Rae_vallavalitsus, lk 88
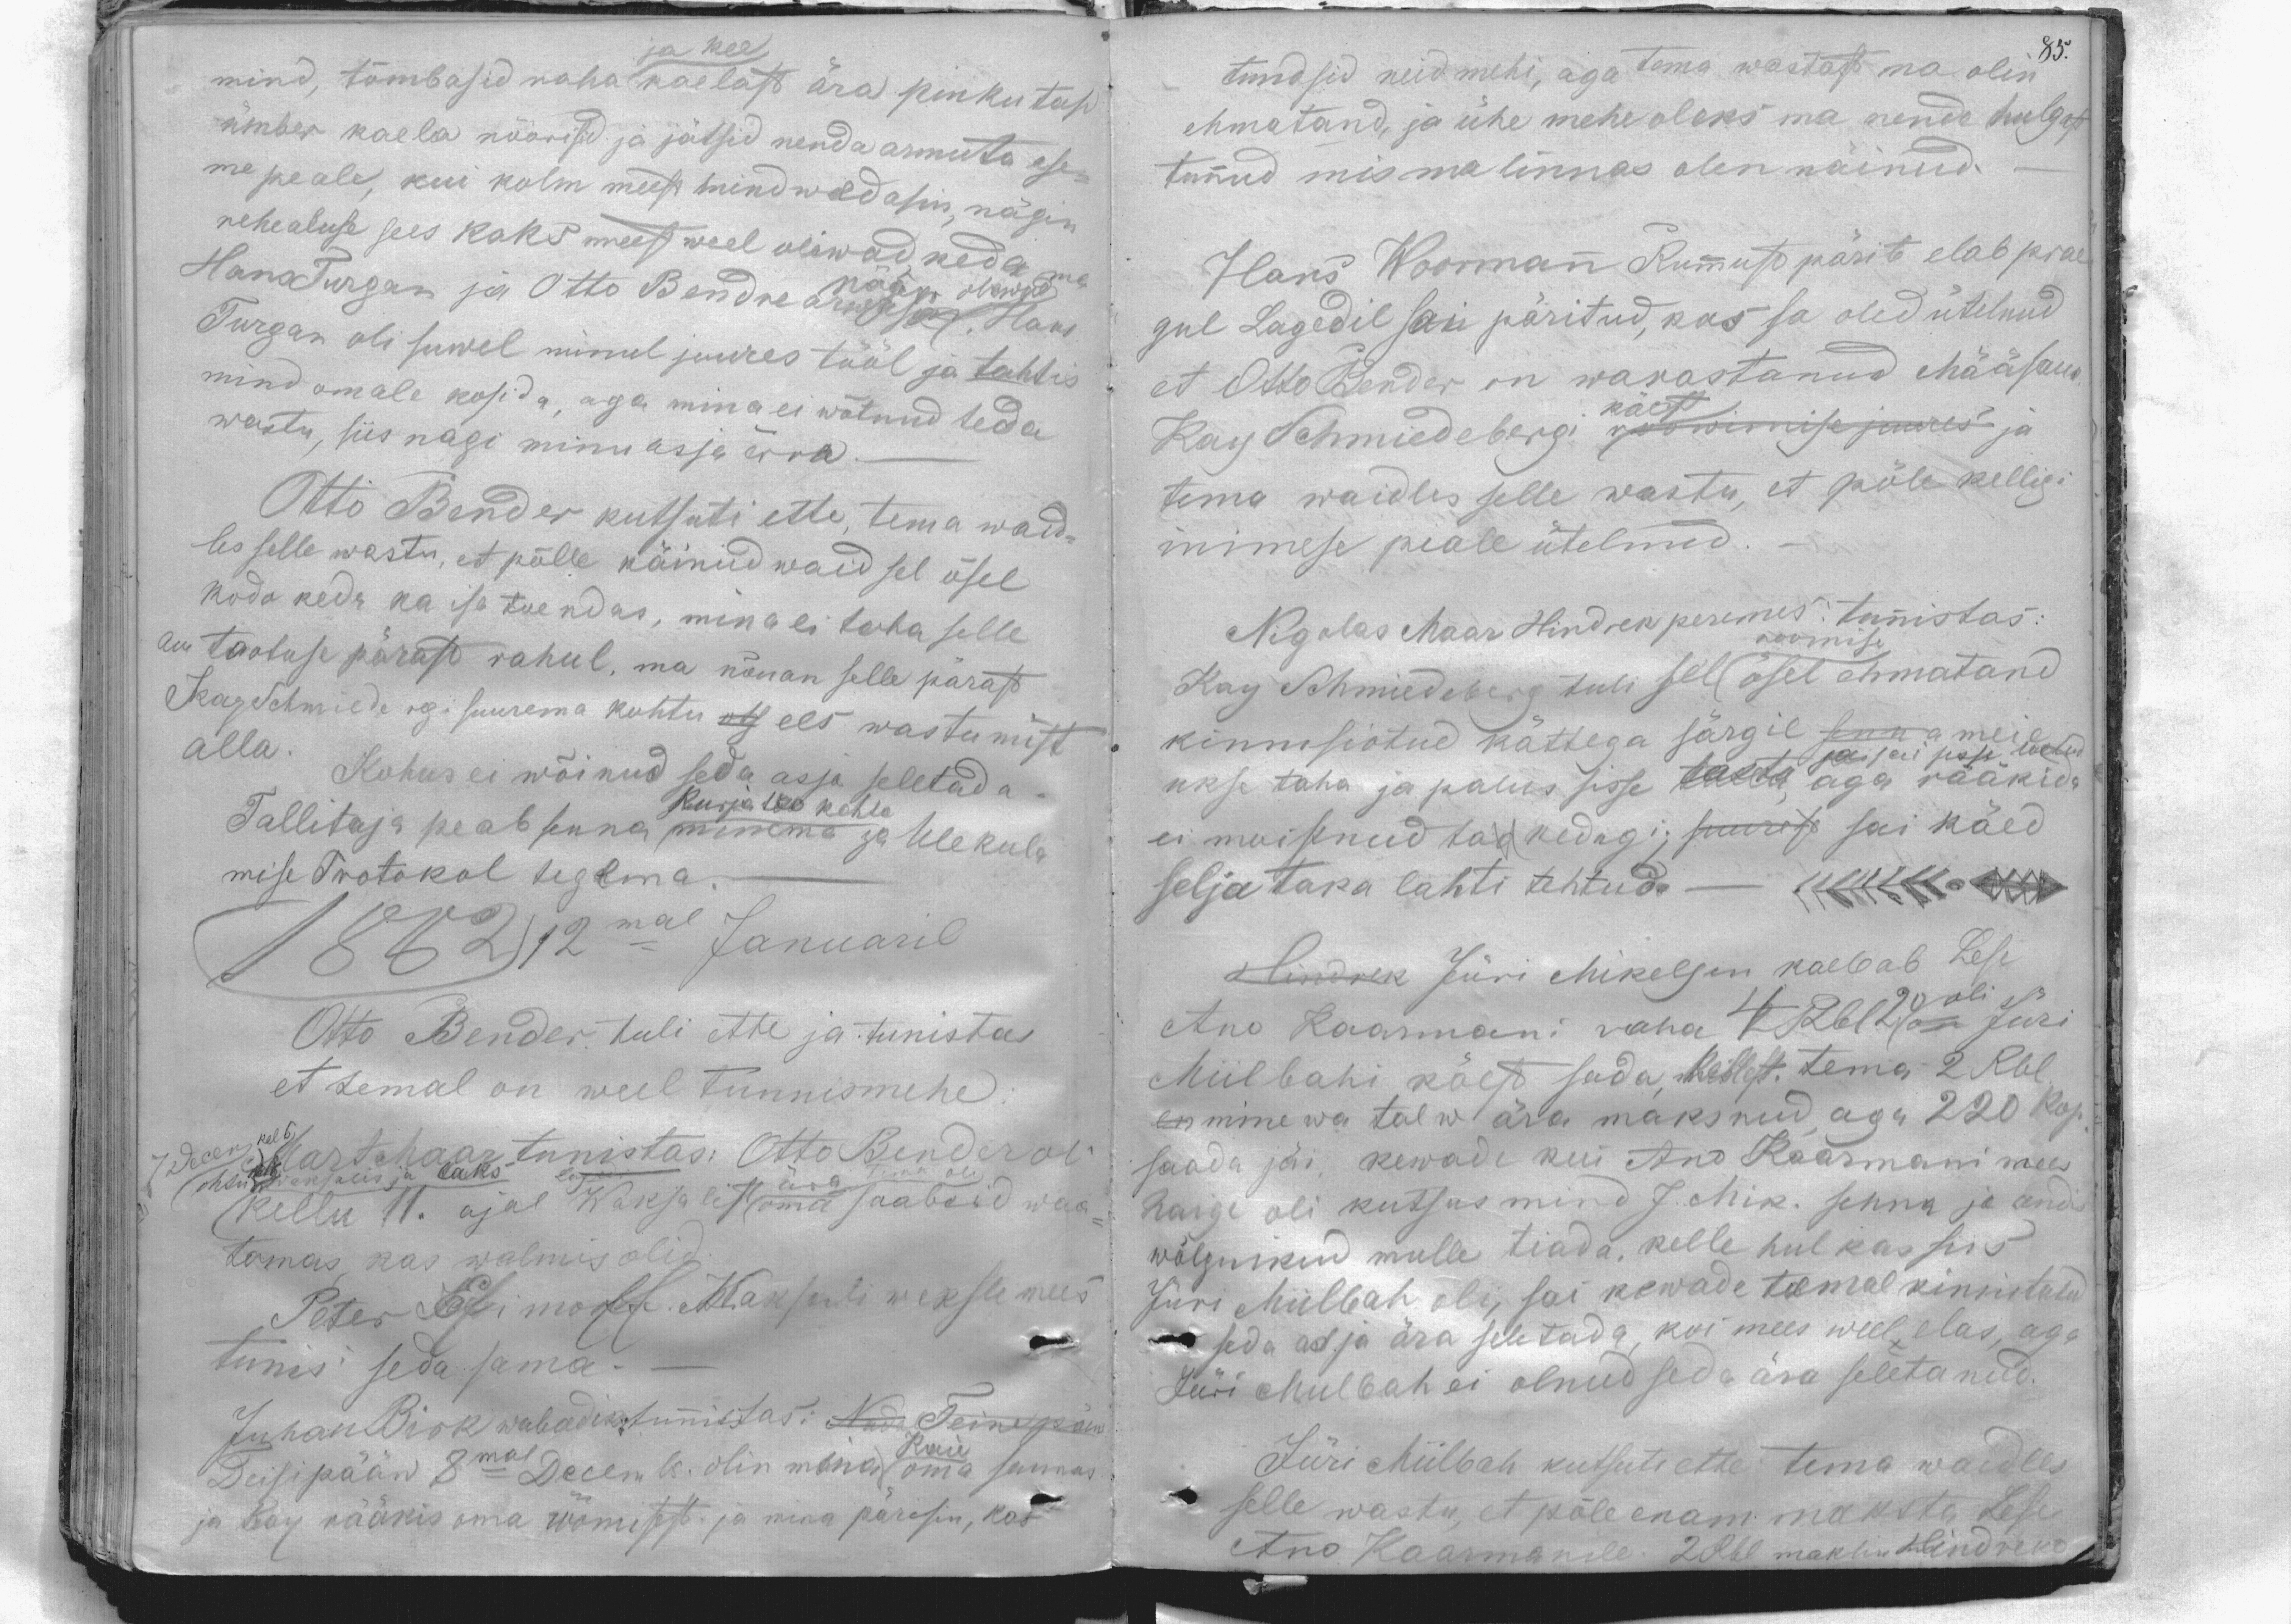
ja kee
mind, tõmbasid raha kaelast ära pinkutasi
ümber kaela nöörisid ja jätsid nenda armuta ase-
me peale, kui kolm meest mind wedasin, nägin
rehealuse sees kaks meest weel oliwad, keda ma
Hans Turgan ja Otto Bendre arwasin. Hans
nägin olewad
Turgan oli suwel minul juures tööl ja tahtis
mind omale kosida, aga mina ei wõtnud teda
wastu, siis nagi minu asju ärra
Otto Bender kutsuti ette, tema waid-
les selle wastu, et põlle käinud waid sel õsel
kodo keda ka isa toendas, mina ei taha selle
au taotuse pärast rahul, ma nõuan selle pärast
Kay Schmiede rgi suurema kohtu ots ees wastamist
alla.
Kohus ei wõinud seda asja seletada.
Tallitaja peab senna minema ja Ulekula
mise Protokol tegema
kurja teo kohta
1882 12mal Januaril
Otto Bender tuli ette ja tunistas
et temal on weel tunnismehe
7 Decem kel 6 Mart Maar tunistas: Otto Bender oli
ohtu kell waksalis ja läks lagedi ära Tema oli
kellu 11. ajal Waksalist oma saabaid waa-
tamas, kas walmis olid
Peter Efimoff. Waksali weksle mees
tunis seda sama.
Juhan Birk wabadiktunnistas: Nada Teine päew
Deisipääw 8mal Decembr. olin mina Kaie oma sannas
ja Kay rääkis oma röömisest ja mina pärisin, kas

85.
tundsid neid mehi, aga tema wastast ma olin
ehmatand, ja ühe mehe oleks ma nende hulgast
tunnud mis ma linnas olen näinud.
Hans Woormann Rummust pärit elab prae
gul Lagedil sai päritud, kas sa oled ütelnud
et Otto Bender on warastanud Määsana
käest
Kay Schmiedebergi roowimise juures ja
tema waidles selle wastu, et põle kelligi
inimese peale ütelnud.
Nigolas Maar Hindrek peremes: tunnistas:
roomise
Kay Schmiedeberg tuli sel ösel ehmatand
kinnisiotud kättega särgil senna meie
ukse taha ja palus sisse lasta, aga rääkida
ja sai sisse lastud
ei moistnud ta kedagi; suurest sai käed
selja taka lahti tehtud -
Hindrek Jüri Mikelsen kaebab Lese
Ano Kaarmani raha 4 Rbl 20 on oli Jüri
Miilbahi käest sada, kellest. tema 2 Rbl
en mine wa talw ära maksnud aga 220 kop.
saada jäi, kewade kui Ano Kaarmani mees
haige oli kutsus mind J. Mik. senna ja andis
wõlgnikud mulle tiada, kelle hulkas siis
Jüri Miilbah oli, sai kewade temal kinnitatud
seda asja ära seletada, kui mees weel, elas, aga
Jüri Miilbah ei olnud seda ära seletanud.
Jüri Miilbah kutsuti ette tema waidles
selle wastu, et põle enam maksta Lese
Ano Kaarmanile. 2 Rbl maksin Hindreko